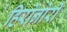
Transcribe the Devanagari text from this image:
हिरोनोरी